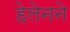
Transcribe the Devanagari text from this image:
हेलेनने